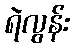
ရဲလွန်း